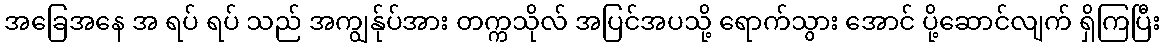
အခြေအနေ အ ရပ် ရပ် သည် အကျွန်ုပ်အား တက္ကသိုလ် အပြင်အပသို့ ရောက်သွား အောင် ပို့ဆောင်လျက် ရှိကြပြီး